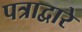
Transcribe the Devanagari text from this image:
पत्राद्वारे